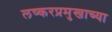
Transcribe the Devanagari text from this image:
लष्करप्रमुखाच्या